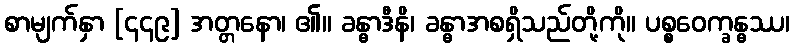
စာမျက်နှာ [၄၄၉] အတ္တနော၊ ၏။ ခန္ဓာဒီနိ၊ ခန္ဓာအစရှိသည်တို့ကို။ ပစ္စဝေက္ခန္ဓဿ၊